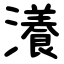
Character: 瀁